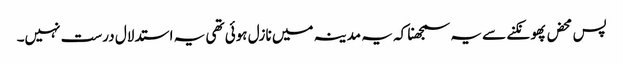
پس محض پھونکنے سے یہ سمجھنا کہ یہ مدینہ میں نازل ہوئی تھی یہ استدلال درست نہیں۔